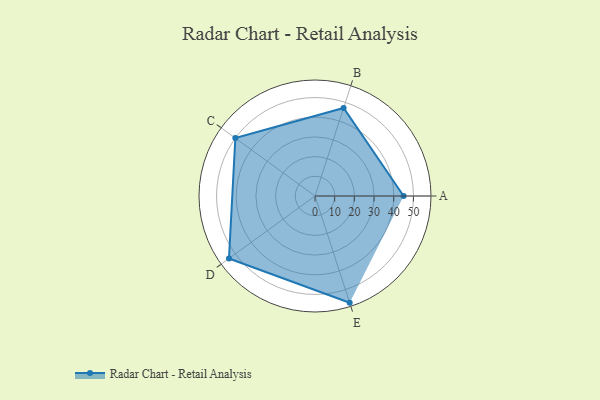
{"axis": {"x": "Skill", "y": "Score"}, "legend": ["Profile"], "data": [{"x": "A", "y": 45.0, "type": "Profile"}, {"x": "B", "y": 47.0, "type": "Profile"}, {"x": "C", "y": 50.0, "type": "Profile"}, {"x": "D", "y": 54.0, "type": "Profile"}, {"x": "E", "y": 57.0, "type": "Profile"}]}